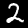
Digit: 2